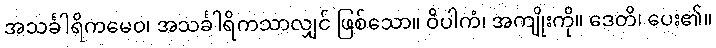
အသင်္ခါရိကမေဝ၊ အသင်္ခါရိကသာလျှင် ဖြစ်သော။ ဝိပါကံ၊ အကျိုးကို။ ဒေတိ၊ ပေး၏။